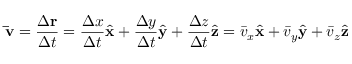
\mathbf { \bar { v } } = { \frac { \Delta \mathbf { r } } { \Delta t } } = { \frac { \Delta x } { \Delta t } } { \hat { \mathbf { x } } } + { \frac { \Delta y } { \Delta t } } { \hat { \mathbf { y } } } + { \frac { \Delta z } { \Delta t } } { \hat { \mathbf { z } } } = { \bar { v } } _ { x } { \hat { \mathbf { x } } } + { \bar { v } } _ { y } { \hat { \mathbf { y } } } + { \bar { v } } _ { z } { \hat { \mathbf { z } } }